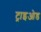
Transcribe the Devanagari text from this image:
ट्राइओड